Lunatic asylums in Bengal annual reports 1899-1911 - 1899-1911
Year: 1899
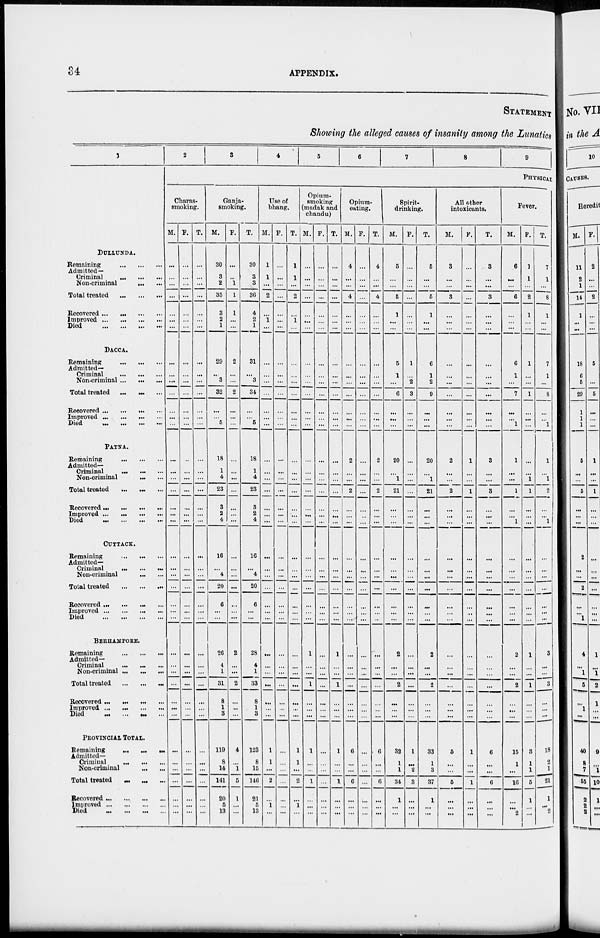
34
APPENDIX.
STATEMENT
Showing the alleged causes of insanity among the Lunatics
1
DULLUNDA.
Remaining
...
...
...
Admitted —
Criminal
...
...
...
Non-criminal
...
...
Total treated
...
...
...
Recovered ...
...
...
...
Improved ... ... ... ...
Died
...
...
...
...
DACCA.
Remaining
...
...
...
Admitted—
Criminal
...
...
...
Non-criminal
...
...
...
Total treated
... ... ...
Recovered ... ... ... ...
Improved ...
...
...
...
Died
...
...
...
...
PATNA.
Remaining
...
...
...
Admitted—
Criminal
...
...
...
Non-criminal ... ...
Total treated
... ... ...
Recovered ...
...
...
...
Improved
...
...
...
...
Died
...
...
...
...
CUTTACK.
Remaining
...
...
...
Admitted—
Criminal
...
...
...
Non-criminal ... ...
Total treated
...
...
...
Recovered ... ... ... ...
Improved
...
...
...
...
Died
...
...
...
...
BERHAMPORE.
Remaining
...
...
...
Admitted—
Criminal
...
...
...
Non-criminal ... ... ...
Total treated ... ... ...
Recovered ...
...
...
...
Improved ...
...
...
...
Died
...
...
...
...
PROVINCIAL TOTAL.
Remaining
...
...
...
Admitted—
Criminal
...
...
...
Non-criminal
...
...
Total treated ... ... ...
Recovered
...
...
...
...
Improved
...
...
...
...
Died
...
...
...
...
2
3
4
5
6
7
8
9
PHYSICAL
Charas-
smoking.
M.
...
...
...
...
...
...
...
...
...
...
...
...
...
...
...
...
...
...
...
...
...
...
...
...
...
...
...
...
...
...
...
...
...
...
...
...
...
...
...
...
...
...
F.
...
...
...
...
...
...
...
...
...
...
...
...
...
...
...
...
...
...
...
...
...
...
...
...
...
...
...
...
...
...
...
...
...
...
...
...
...
...
...
...
...
...
T.
...
...
...
...
...
...
...
...
...
...
...
...
...
...
...
...
...
...
...
...
...
...
...
...
...
...
...
...
...
...
...
...
...
...
...
...
...
...
...
...
...
...
Ganja-
smoking.
M.
30
3
2
35
3
2
1
29
...
3
32
...
...
5
18
1
4
23
3
2
4
16
...
4
20
6
...
...
26
4
1
31
8
1
3
119
8
14
141
20
5
13
F.
...
...
1
1
1
...
...
2
...
...
2
...
...
...
...
...
...
...
...
...
...
...
...
...
...
...
...
...
2
...
...
2
...
...
...
4
...
1
5
1
...
...
T.
30
3
3
36
4
2
1
31
...
3
34
...
...
5
18
1
4
23
3
2
4
16
...
4
20
6
...
...
28
4
1
33
8
1
3
123
8
15
146
21
5
13
Use of
bhang.
M.
1
1
...
2
...
1
...
...
...
...
...
...
...
...
...
...
...
...
...
...
...
...
...
...
...
...
...
...
...
...
...
...
...
...
...
1
1
...
2
...
1
...
F.
...
...
...
...
...
...
...
...
...
...
...
...
...
...
...
...
...
...
...
...
...
...
...
...
...
...
...
...
...
...
...
...
...
...
...
...
...
...
...
...
...
...
T.
1
1
...
2
...
1
...
...
...
...
...
...
...
...
...
...
...
...
...
...
...
...
...
...
...
...
...
...
...
...
...
...
...
...
...
1
1
...
2
...
1
...
Opium-
smoking
(madak and
chandu)
M.
...
...
...
...
...
...
...
...
...
...
...
...
...
...
...
...
...
...
...
...
...
...
...
...
...
...
...
...
1
...
...
1
...
...
...
1
...
...
1
...
...
...
F.
...
...
...
...
...
...
...
...
...
...
...
...
...
...
...
...
...
...
...
...
...
...
...
...
...
...
...
...
...
...
...
...
...
...
...
...
...
...
...
...
...
...
T.
...
...
...
...
...
...
...
...
...
...
...
...
...
...
...
...
...
...
...
...
...
...
...
...
...
...
...
...
1
...
...
1
...
...
...
1
...
...
1
...
...
...
Opium-
eating.
M.
4
...
...
4
...
...
...
...
...
...
...
...
...
...
2
...
...
2
...
...
...
...
...
...
...
...
...
...
...
...
...
...
...
...
...
6
...
...
6
...
...
...
F.
...
...
...
...
...
...
...
...
...
...
...
...
...
...
...
...
...
...
...
...
...
...
...
...
...
...
...
...
...
...
...
...
...
...
...
...
...
...
...
...
...
...
T.
4
...
...
4
...
...
...
...
...
...
...
...
...
...
2
...
...
2
...
...
...
...
...
...
...
...
...
...
...
...
...
...
...
...
...
6
...
...
6
...
...
...
Spirit-
drinking.
M.
5
...
...
6
1
...
...
5
1
...
6
...
...
...
20
...
1
21
...
...
...
...
...
...
...
...
...
...
2
...
...
2
...
...
...
32
1
1
34
1
...
...
F.
...
...
...
...
...
...
...
1
...
2
3
...
...
...
...
...
...
...
...
...
...
...
...
...
...
...
...
...
...
...
...
...
...
...
...
1
...
2
3
...
...
...
T.
5
...
...
6
1
...
...
6
1
2
9
...
...
...
20
...
1
21
...
...
...
...
...
...
...
...
...
...
2
...
...
2
...
...
...
33
1
3
37
1
...
...
All other
intoxicants.
M.
3
...
...
3
...
...
...
...
...
...
...
...
...
...
2
...
...
2
...
...
...
...
...
...
...
...
...
...
...
...
...
...
...
...
...
5
...
...
5
...
...
...
F.
...
...
...
...
...
...
...
...
...
...
...
...
...
...
1
...
...
1
...
...
...
...
...
...
...
...
...
...
...
...
...
...
...
...
...
1
...
...
1
...
...
...
T.
3
...
...
3
...
...
...
...
...
...
...
...
...
...
3
...
...
3
...
...
...
...
...
...
...
...
...
...
...
...
...
...
...
...
...
6
...
...
6
...
...
...
Fever.
M.
6
...
...
6
...
...
...
6
1
...
7
...
...
1
1
...
...
1
...
...
1
...
...
...
...
...
...
...
2
...
...
2
...
...
...
15
1
...
16
...
...
2
F.
1
1
...
2
1
...
...
1
...
...
1
...
...
...
...
...
1
1
...
...
...
...
...
...
...
...
...
...
1
...
...
1
...
...
...
3
1
1
5
1
...
...
T.
7
1
...
8
1
...
...
7
1
...
8
...
...
1
1
...
1
2
...
...
1
...
...
...
...
...
...
...
3
...
...
3
...
...
...
18
2
1
21
1
...
2